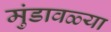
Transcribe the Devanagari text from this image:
मुंडावळ्या